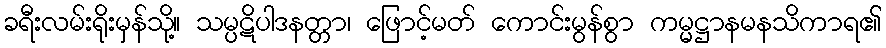
ခရီးလမ်းရိုးမှန်သို့။ သမ္ပဋိပါဒနတ္တာ၊ ဖြောင့်မတ် ကောင်းမွန်စွာ ကမ္မဋ္ဌာနမနသိကာရ၏